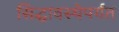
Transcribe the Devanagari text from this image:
सिद्धावस्थेपर्यंत